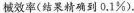
械效率(结果精确到0.1%)。